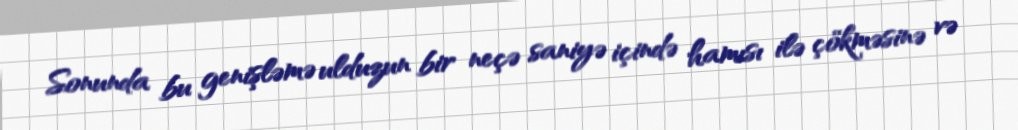
Sonunda bu genişləmə ulduzun bir neçə saniyə içində hamısı ilə çökməsinə və